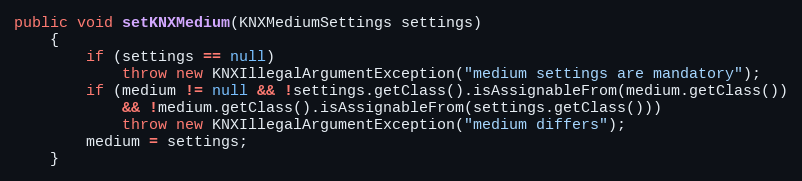
Language: Java
public void setKNXMedium(KNXMediumSettings settings)
	{
		if (settings == null)
			throw new KNXIllegalArgumentException("medium settings are mandatory");
		if (medium != null && !settings.getClass().isAssignableFrom(medium.getClass())
			&& !medium.getClass().isAssignableFrom(settings.getClass()))
			throw new KNXIllegalArgumentException("medium differs");
		medium = settings;
	}